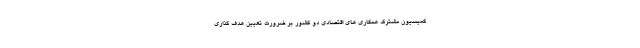
کمیسیون مشترک همکاری های اقتصادی دو کشور بر ضرورت تعیین هدف گذاری